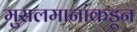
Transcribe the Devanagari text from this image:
मुसलमानांकडून